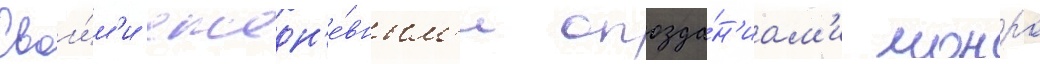
Свои́м'и ежедн'е́вным'и опозда́н'иам'и монро